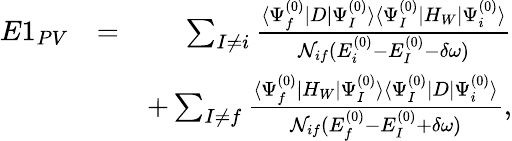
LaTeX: \begin{array}{rlr}{E1_{PV}}&{=}&{\sum_{I\ne i}\frac{\langle\Psi_{f}^{(0)}|D|\Psi_{I}^{(0)}\rangle\langle\Psi_{I}^{(0)}|H_{W}|\Psi_{i}^{(0)}\rangle}{{\cal N}_{if}(E_{i}^{(0)}-E_{I}^{(0)}-\delta\omega)}}\\ &{}&{+\sum_{I\ne f}\frac{\langle\Psi_{f}^{(0)}|H_{W}|\Psi_{I}^{(0)}\rangle\langle\Psi_{I}^{(0)}|D|\Psi_{i}^{(0)}\rangle}{{\cal N}_{if}(E_{f}^{(0)}-E_{I}^{(0)}+\delta\omega)},}\end{array}